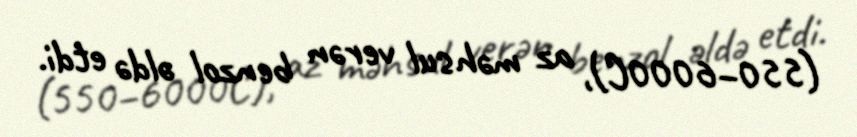
(550–6000C), az məhsul verən benzol əldə etdi.